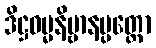
ဒိဋ္ဌဓမ္မနိဗ္ဗာနပ္ပတ္တော